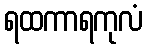
ရထကာရကုလံ